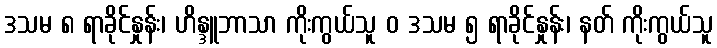
ဒသမ ၈ ရာခိုင်နှုန်း၊ ဟိန္ဒူဘာသာ ကိုးကွယ်သူ ဝ ဒသမ ၅ ရာခိုင်နှုန်း၊ နတ် ကိုးကွယ်သူ